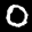
Label: 0